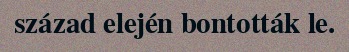
század elején bontották le.